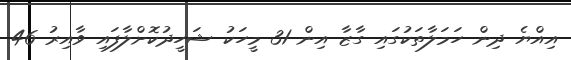
އިއްޔެ ދިން ހަމަލާތަކުގައި ގާޒާ އިން 31 މީހަކު ޝަހީދުކޮށްލާފައި ވާއިރު 46